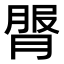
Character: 𦟓